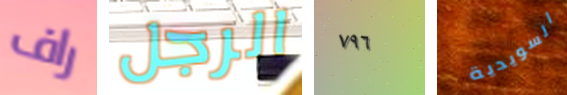
راف الرجل ٧٩٦ السويدية